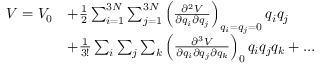
\begin{array} { r l } { V = V _ { 0 } } & { + \frac { 1 } { 2 } \sum _ { i = 1 } ^ { 3 N } \sum _ { j = 1 } ^ { 3 N } \left( \frac { \partial ^ { 2 } V } { \partial q _ { i } \partial q _ { j } } \right) _ { q _ { i } = q _ { j } = 0 } q _ { i } q _ { j } } \\ & { + \frac { 1 } { 3 ! } \sum _ { i } \sum _ { j } \sum _ { k } \left( \frac { \partial ^ { 3 } V } { \partial q _ { i } \partial q _ { j } \partial q _ { k } } \right) _ { 0 } q _ { i } q _ { j } q _ { k } + \ldots } \end{array}